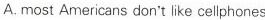
A. most Americans don't like celiphones